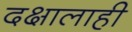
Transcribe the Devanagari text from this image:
दक्षालाही